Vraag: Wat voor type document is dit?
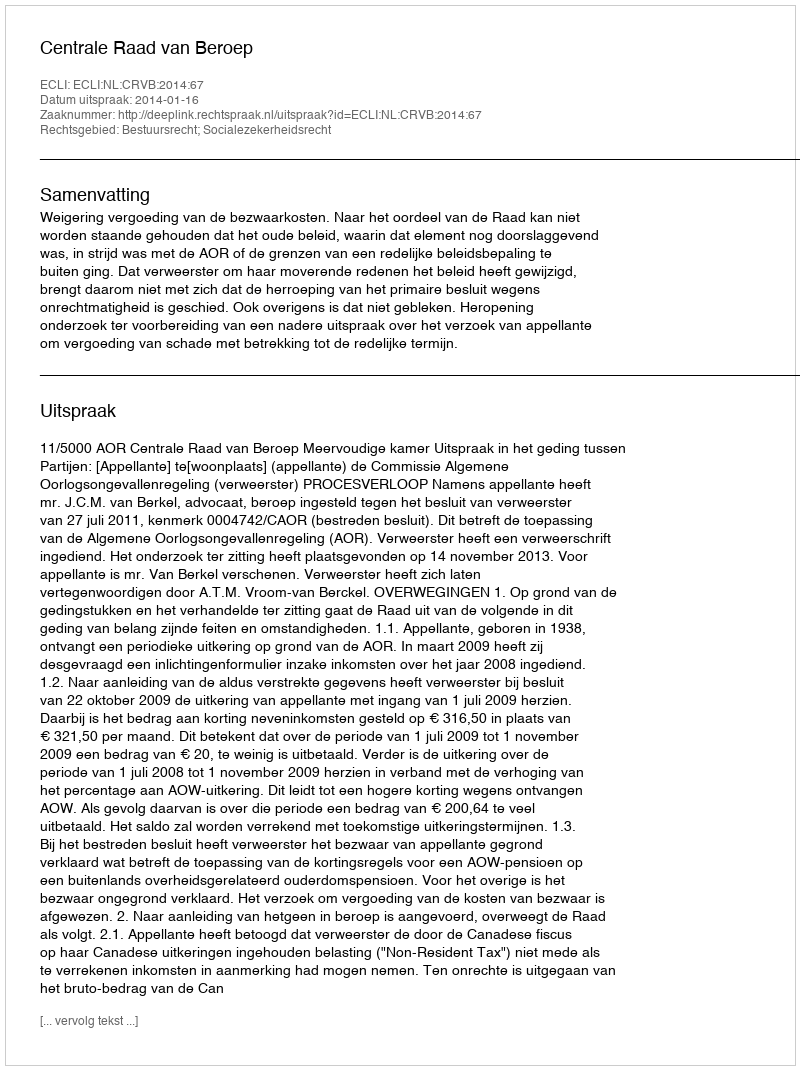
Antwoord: Uitspraak